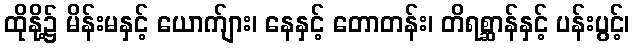
ထိုနို့၌ မိန်းမနှင့် ယောက်ျား၊ နေနှင့် တောတန်း၊ တိရစ္ဆာန်နှင့် ပန်းပွင့်၊